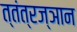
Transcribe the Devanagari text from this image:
त्तंत्रज्ञान